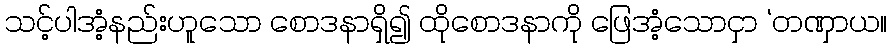
သင့်ပါအံ့နည်းဟူသော စောဒနာရှိ၍ ထိုစောဒနာကို ဖြေအံ့သောငှာ ‘တဏှာယ။